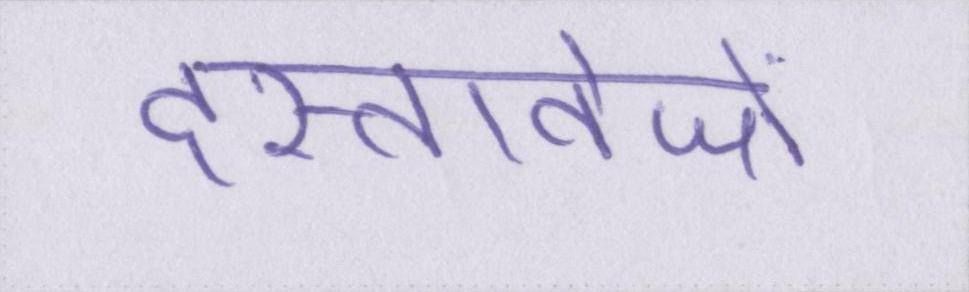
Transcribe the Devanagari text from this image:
दस्तावेजों